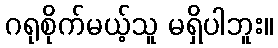
ဂရုစိုက်မယ့်သူ မရှိပါဘူး။